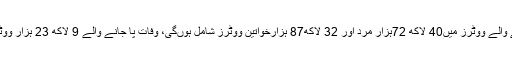
الیکشن کمیشن کا کہنا تھا کہ نئے رجسٹرڈ ہونے والے ووٹرز میں40 لاکھ 72ہزار مرد اور 32 لاکھ87 ہزارخواتین ووٹرز شامل ہوںگی، وفات پا جانے والے 9 لاکھ 23 ہزار ووٹرزکو انتخابی فہرستوں سے خارج کیا جائے گا۔